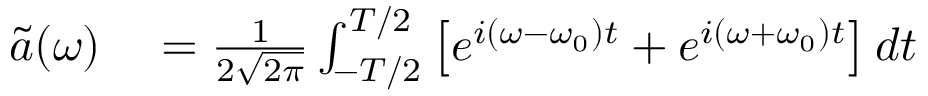
\begin{array} { r l } { \tilde { a } ( \omega ) } & { { } = \frac { 1 } { 2 \sqrt { 2 \pi } } \int _ { - T / 2 } ^ { T / 2 } \left[ e ^ { i \left( \omega - \omega _ { 0 } \right) t } + e ^ { i \left( \omega + \omega _ { 0 } \right) t } \right] d t \, } \end{array}